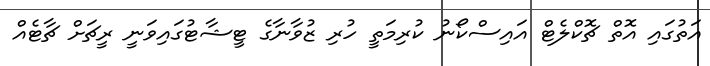
އަތުގައި އޮތް ޗޮކްލެޓް އައިސްކޯނު ކުރިމަތީ ހުރި ޒުވާނާގެ ޓީޝާޓުގައިވަނީ ރީޗަށް ޗާޓެއް